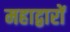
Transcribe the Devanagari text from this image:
महाद्वारों